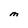
Character: M